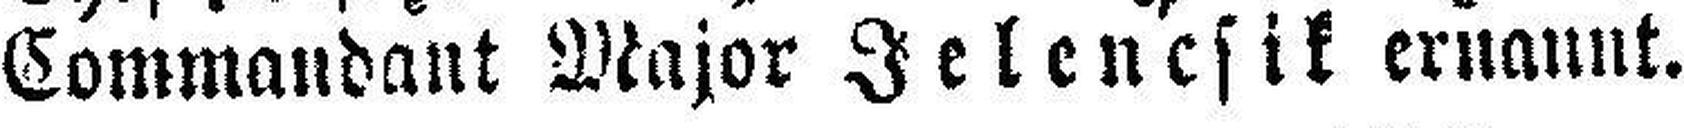
Commandant Major Jelencsik ernannt.